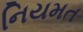
નિયમત